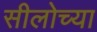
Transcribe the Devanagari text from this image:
सीलोच्या